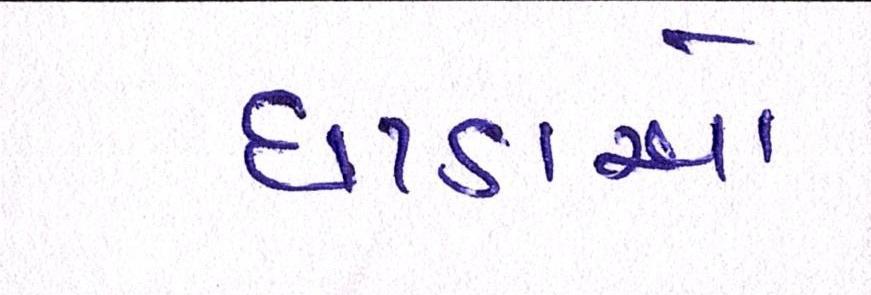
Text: ધાડાઓ